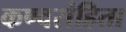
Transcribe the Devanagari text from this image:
कण्वसंहिता